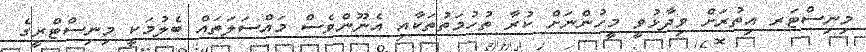
މިނިސްޓަރ އިތުރަށް ވިދާޅުވީ މީހުންނަށް ކުރާ ތުހުމަތުތަކާއި އެނޫންވެސް މައްސަލަތައް ބެލުމަކީ މިނިސްޓްރީގެ